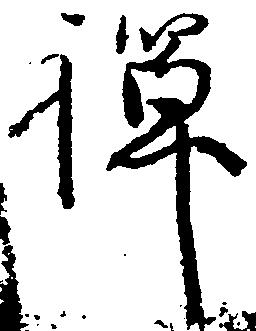
禅